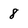
Character: 8